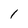
Character: 1